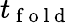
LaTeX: t_{\mathrm{~f~o~l~d~}}